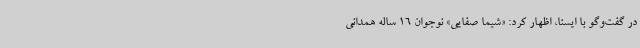
در گفت‌وگو با ایسنا، اظهار کرد: «شیما صفایی» نوجوان 16 ساله همدانی